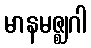
မာနမဇ္ဈဂါ